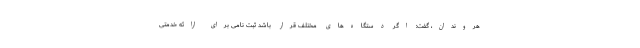
هروندان، گفت: اگر دستگاه‌های مختلف قرار باشد ثبت نامی برای ارائه خدمتی